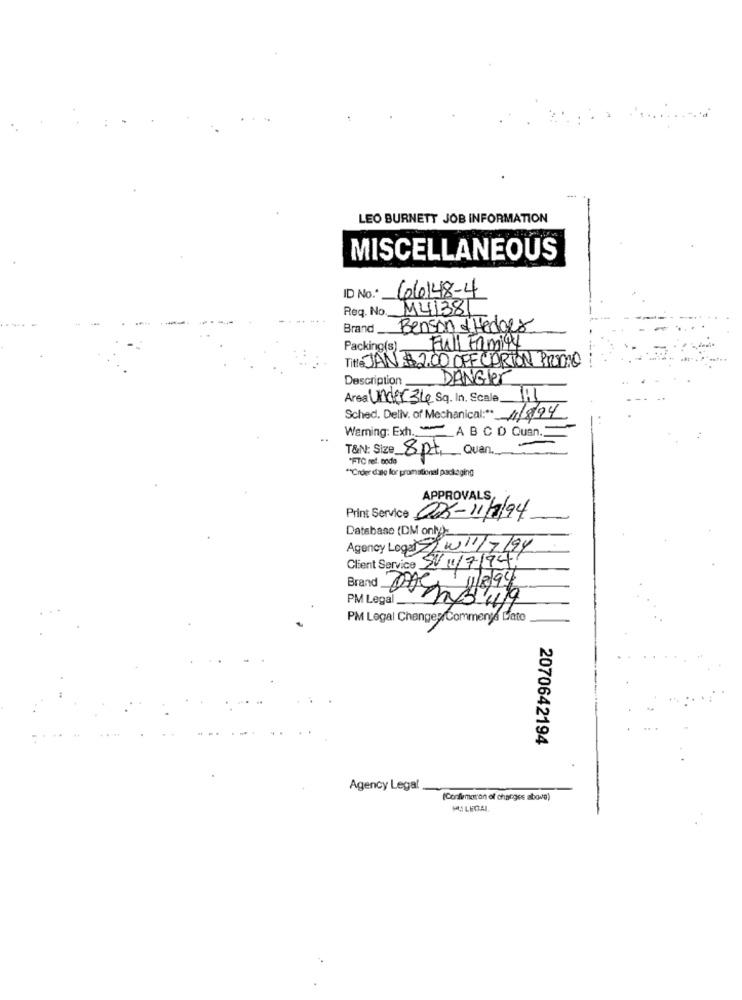
LEO BURNETT JOB INFORMATION
MISCELLANEOUS
ID No."
66148-4
Req. No. M41381
Brand Benson & Hedges
Packing(s)_
Full Family
Titte JAN $2.00 OFF CARION PRUDNO
Description
DANGler
Area Under 34 Sq. In, Scale
Sched. Deliv. of Mechanical :* 11/8/94
Warning: Exh. _ A B C D Quan.
T&N: Size 8 pt, Quan.
*FTC ret. poda
** Crder date for promotional packaging
APPROVALS,
Print Service 006-11/7/94
Database (DM only)-
Agency Loga W/1/7/94
Client Service SV 11/7/94.
1/8/94
PM Legal
Brand Ores49
PM Legal Changes Comments Lfato
2070642194
Agency Legal
(Confirmation of changes above)